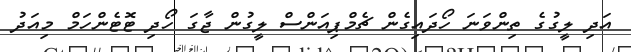
އަދި ލީގުގެ ތިންވަނަ ހޯދައިގެން ޗެމްޕިއަންސް ލީގުން ޖާގަ ހޯދި ޓޮޓެންހަމް މިއަދު